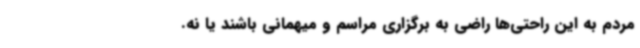
مردم به این راحتی‌ها راضی به برگزاری مراسم و میهمانی باشند یا نه.